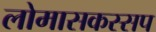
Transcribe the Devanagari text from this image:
लोमासकस्सप